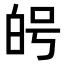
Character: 𭽑